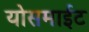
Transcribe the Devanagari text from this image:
योसमाईट